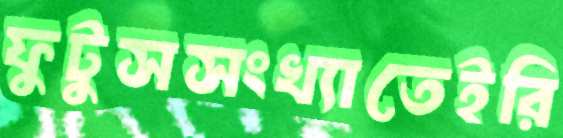
ফুটুসসংখ্যাতেইরি